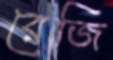
রেজি